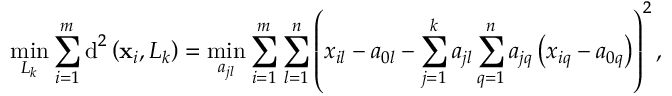
\displaystyle \operatorname* { m i n } _ { L _ { k } } \sum _ { i = 1 } ^ { m } \operatorname { d } ^ { 2 } \left( { \bf { x } } _ { i } , L _ { k } \right) = \displaystyle \operatorname* { m i n } _ { a _ { j l } } \sum _ { i = 1 } ^ { m } \sum _ { l = 1 } ^ { n } \left( x _ { i l } - a _ { 0 l } - \sum _ { j = 1 } ^ { k } a _ { j l } \sum _ { q = 1 } ^ { n } a _ { j q } \left( x _ { i q } - a _ { 0 q } \right) \right) ^ { 2 } ,